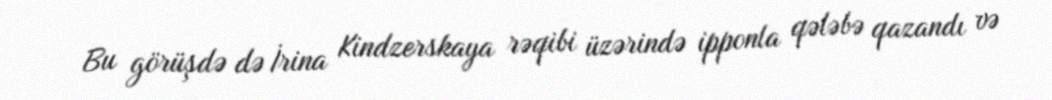
Bu görüşdə də İrina Kindzerskaya rəqibi üzərində ipponla qələbə qazandı və